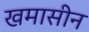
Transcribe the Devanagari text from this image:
खमासीन